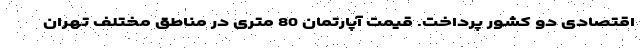
اقتصادی دو کشور پرداخت. قیمت آپارتمان 80 متری در مناطق مختلف تهران